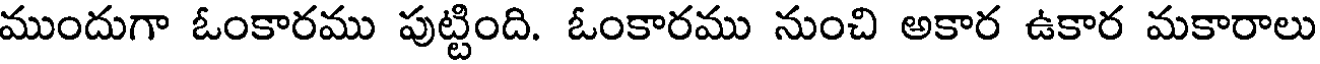
ముందుగా ఓంకారము పుట్టింది. ఓంకారము నుంచి అకార ఉకార మకారాలు